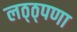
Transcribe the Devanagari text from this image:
लठ्ठ्पणा